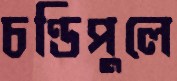
চণ্ডিপুলে